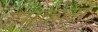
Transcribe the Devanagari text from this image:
दमकलों